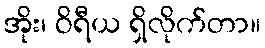
အိုး၊ ဝိရီယ ရှိလိုက်တာ။